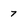
Character: 7